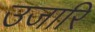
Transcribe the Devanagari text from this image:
उजारि